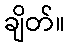
ချိတ်။